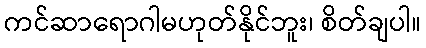
ကင်ဆာရောဂါမဟုတ်နိုင်ဘူး၊ စိတ်ချပါ။